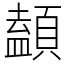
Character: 䫦